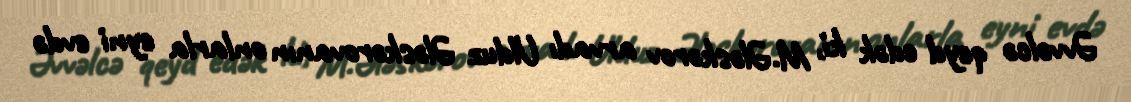
Əvvəlcə qeyd edək ki, M.Ələskərov arvadı Ulduz Ələskərovanın onlarla eyni evdə